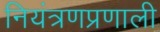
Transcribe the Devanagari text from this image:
नियंत्रणप्रणाली